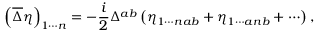
\left( \overline { { { \Delta } } } \eta \right) _ { 1 \cdots n } = - \frac { i } { 2 } \Delta ^ { a b } \left( \eta _ { 1 \cdots n a b } + \eta _ { 1 \cdots a n b } + \cdots \right) ,